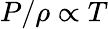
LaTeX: P/\rho\propto T